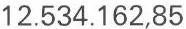
12.534.162,85